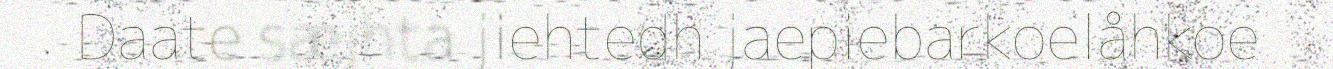
Daate sæjhta jiehtedh jaepiebarkoelåhkoe